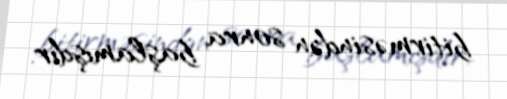
bitirməsindən sonra başlamışdır.